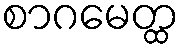
စာဂမေတ္ထ